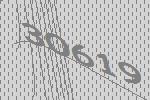
30619